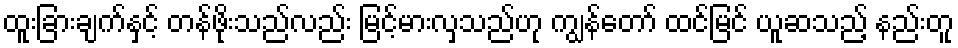
ထူးခြားချက်နှင့် တန်ဖိုးသည်လည်း မြင့်မားလှသည်ဟု ကျွန်တော် ထင်မြင် ယူဆသည့် နည်းတူ